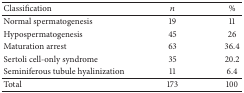
| Classification | n | % |
 | --- | --- | --- |
 | Normal spermatogenesis | 19 | 11 |
 | Hypospermatogenesis | 45 | 26 |
 | Maturation arrest | 63 | 36.4 |
 | Sertoli cell-only syndrome | 35 | 20.2 |
 | Seminiferous tubule hyalinization | 11 | 6.4 |
 | Total | 173 | 100 |